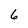
Character: 6